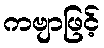
ကဗျာဖြင့်